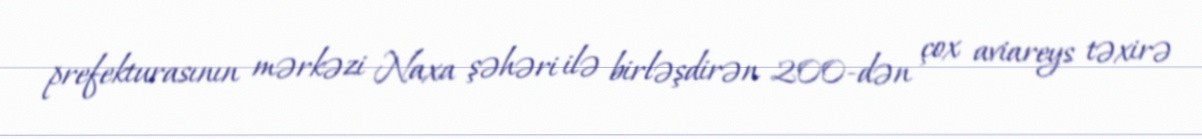
prefekturasının mərkəzi Naxa şəhəri ilə birləşdirən 200-dən çox aviareys təxirə